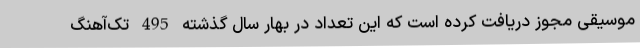
موسیقی مجوز دریافت کرده است که این تعداد در بهار سال گذشته 495 تک‌آهنگ